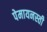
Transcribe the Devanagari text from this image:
पेमायनस्‍ती